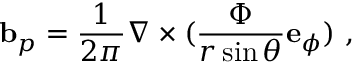
{ \mathbf { b } } _ { p } = \frac { 1 } { 2 \pi } \nabla \times ( \frac { \Phi } { r \sin \theta } { \mathbf { e } } _ { \phi } ) \ ,